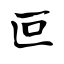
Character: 叵